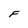
Character: F